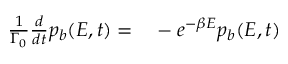
\begin{array} { r l } { \frac { 1 } { \Gamma _ { 0 } } \frac { d } { d t } p _ { b } ( E , t ) = } & { { } - e ^ { - \beta E } p _ { b } ( E , t ) } \end{array}